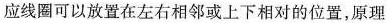
应线圈可以放置在左右相邻或上下相对的位置，原理